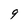
Character: 9